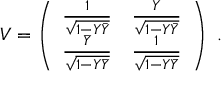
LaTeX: V = \left( \begin{array} { l l } { { { \frac { 1 } { \sqrt { 1 - Y \bar { Y } } } } } } & { { { \frac { Y } { \sqrt { 1 - Y \bar { Y } } } } } } \\ { { { \frac { \bar { Y } } { \sqrt { 1 - Y \bar { Y } } } } } } & { { { \frac { 1 } { \sqrt { 1 - Y \bar { Y } } } } } } \end{array} \right) \ .